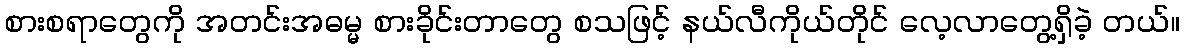
စားစရာတွေကို အတင်းအဓမ္မ စားခိုင်းတာတွေ စသဖြင့် နယ်လီကိုယ်တိုင် လေ့လာတွေ့ရှိခဲ့ တယ်။